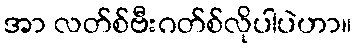
အာ လတ်စ်ဗီးဂတ်စ်လိုပါပဲဟာ။